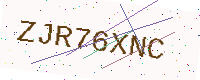
Text: ZJR76XNC